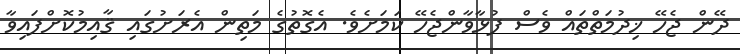
ދޭން ޖެހޭ ޚިދުމަތްތައް ވެސް ފުޅާވާންޖެހޭ ކަމަށެވެ. އެގޮތުގެ މަތިން އެރަށުގައި ޤާއިމުކޮށްފައިވާ